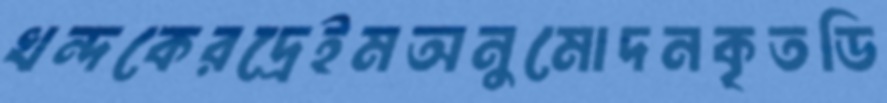
খন্দকেরদ্রেইমঅনুমোদনকৃতডি